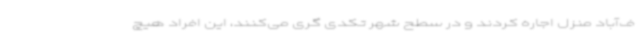
ف‌آباد منزل اجاره کردند و در سطح شهر تکدی گری می‌کنند، این افراد هیچ